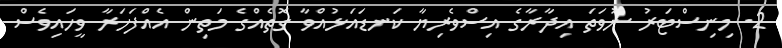
2. މިނިސްޓަރު ނުވަތަ އިދާރާގެ އިސްވެރިޔާ ކަނޑައަޅުއްވާ ގޮތެއްގެ މަތިން އެއްފަހަރާ ވީހައިވެސް